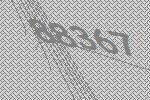
88367